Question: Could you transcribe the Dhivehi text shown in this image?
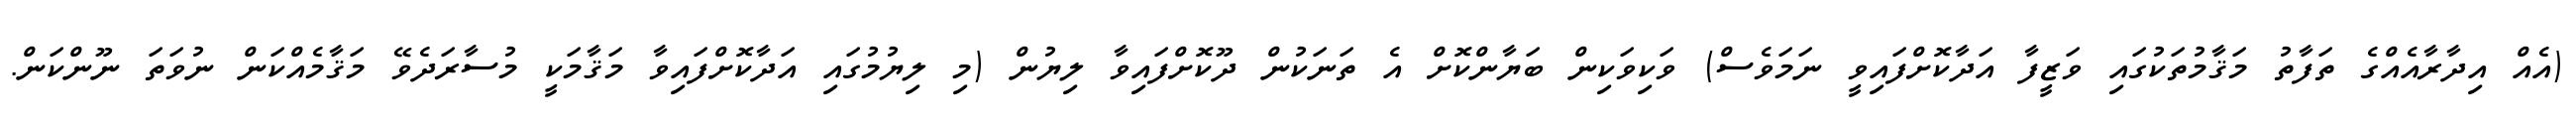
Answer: (އެއް އިދާރާއެއްގެ ތަފާތު މަޤާމުތަކުގައި ވަޒީފާ އަދާކޮށްފައިވީ ނަމަވެސް) ވަކިވަކިން ބަޔާންކޮށް އެ ތަނަކުން ދޫކޮށްފައިވާ ލިޔުން (މި ލިޔުމުގައި އަދާކޮށްފައިވާ މަޤާމަކީ މުސާރަދެވޭ މަޤާމެއްކަން ނުވަތަ ނޫންކަން.